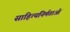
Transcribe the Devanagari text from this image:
साहित्यनिर्मताओं